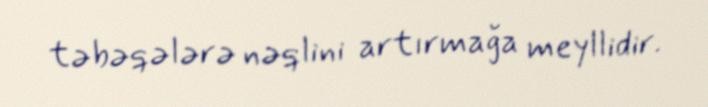
təbəqələrə nəqlini artırmağa meyllidir.